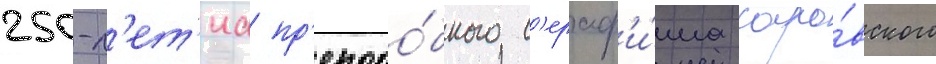
250-л'ет'иа пр'еподо́бного с'ераф'и́ма саро́вского